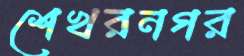
শেখরনগর